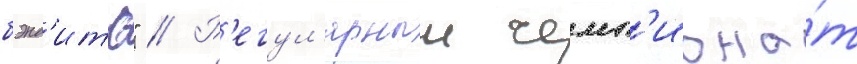
бэнд'итс" // Р'егул'ярныи чемп'иона́т